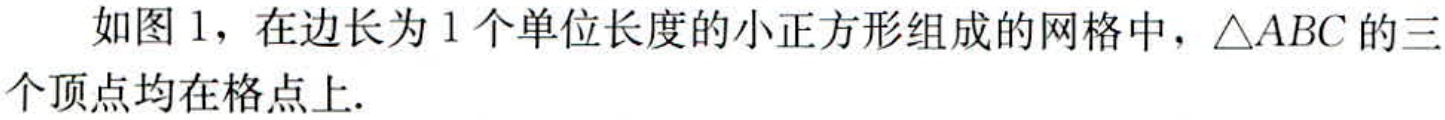
如图 1，在边长为 1 个单位长度的小正方形组成的网格中，\(\triangle ABC\)的三个顶点均在格点上.